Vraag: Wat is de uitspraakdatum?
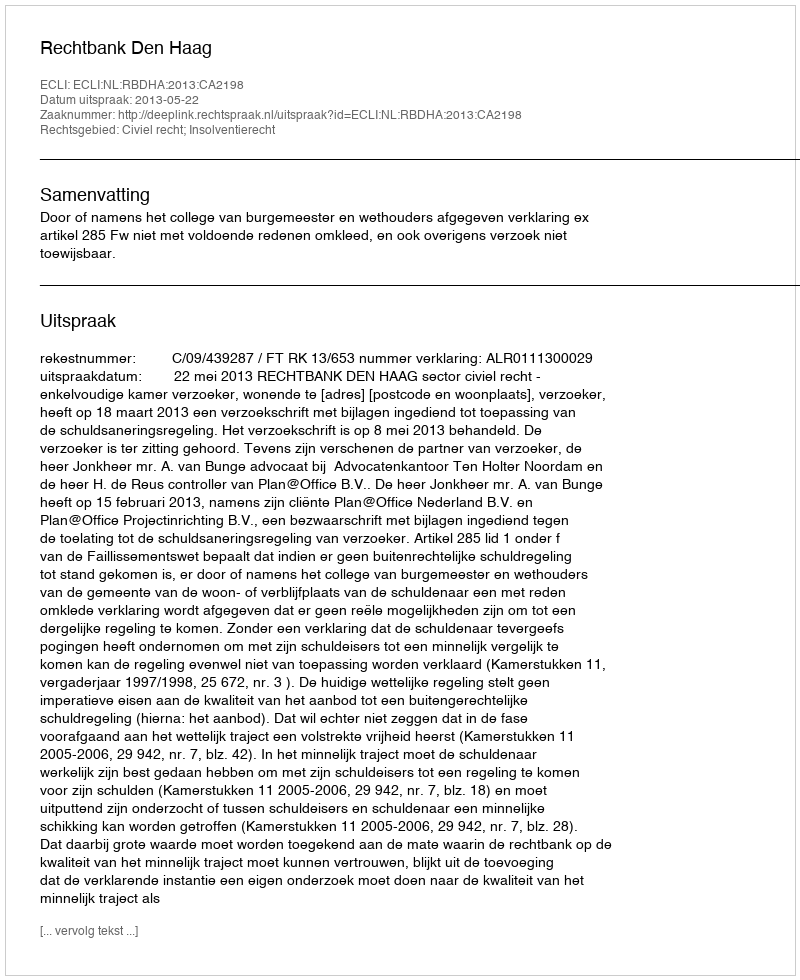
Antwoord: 2013-05-22